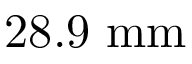
2 8 . 9 \ \mathrm { m m }